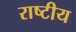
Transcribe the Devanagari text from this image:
राष्‍टीय